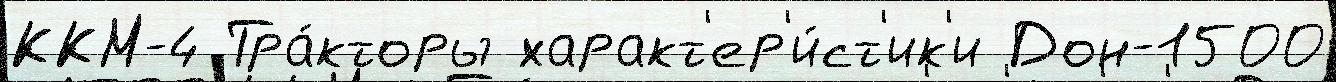
ККМ-4 Тра́кторы характ'ер'и́ст'ик'и Дон-1500